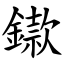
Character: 䥗